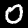
Label: 0